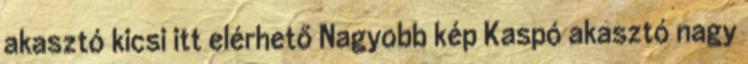
akasztó kicsi itt elérhető Nagyobb kép Kaspó akasztó nagy